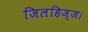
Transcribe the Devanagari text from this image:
जिलहिज्ज।